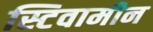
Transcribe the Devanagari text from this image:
स्टिवामीन